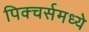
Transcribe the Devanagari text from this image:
पिक्‍चर्समध्ये